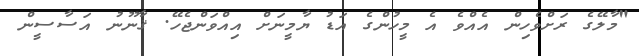
"މާލޭގެ ރަށްވެހިން އެއްވެ އެ މީހުންގެ އަޑު ޔާމީނަށް އިއްވަންޖެހޭ. ޤާނޫނު އަސާސީން